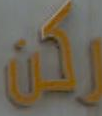
يكن